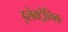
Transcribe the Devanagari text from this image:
इलेक्ट्रॊनिक